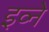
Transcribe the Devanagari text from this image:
इव्ने